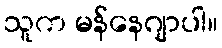
သူက မန်နေဂျာပါ။